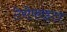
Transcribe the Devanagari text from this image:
टेरोफाइटा